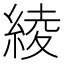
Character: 綾